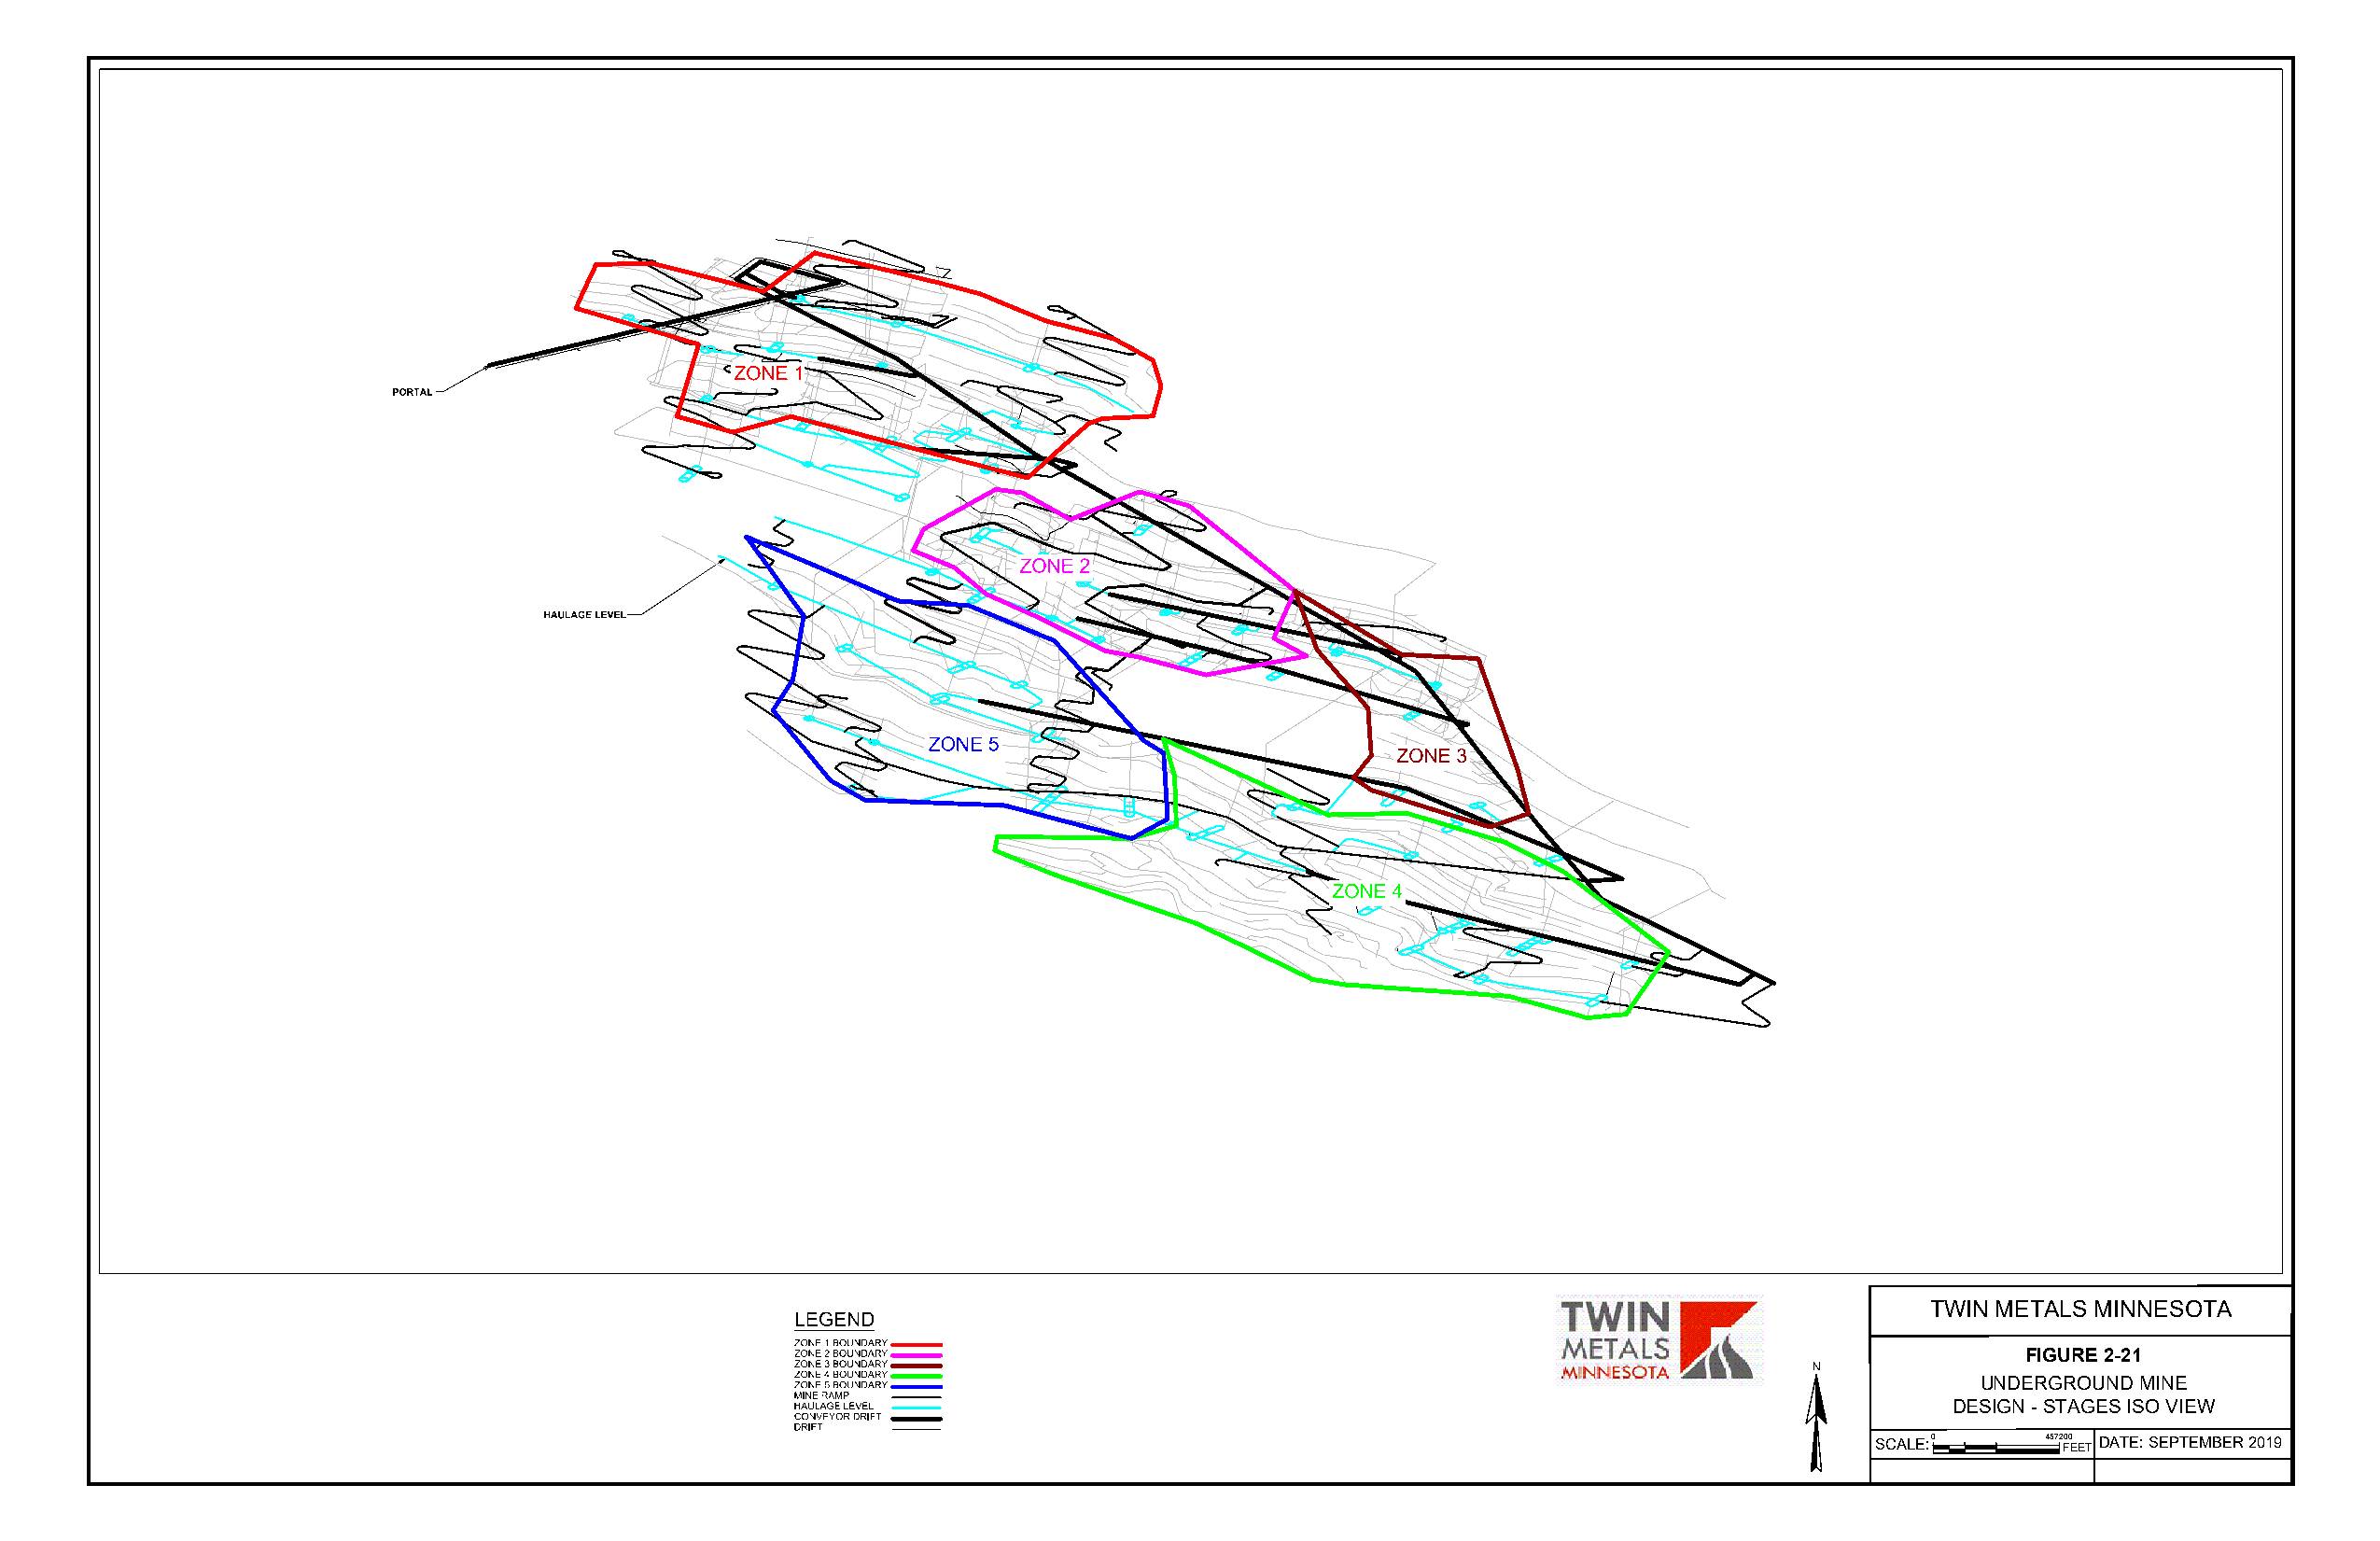
ZONE 1
 PORTAL
 ZONE 2
 HAULAGE LEVEL
 ZONE 5
 ZONE 3
 ZONE 4
 TWIN METALS MINNESOTA
 LEGEND
 ZONE 1 BOUNDARY
 ZONE 2 BOUNDARY                                                                         FIGURE 2-21
 ZONE 3 BOUNDARY                                                          N
 ZONE 4 BOUNDARY
 ZONE 5 BOUNDARY                                                                     UNDERGROUND MINE
 MINE RAMP
 HAULAGE LEVEL                                                                      DESIGN - STAGES ISO VIEW
 CONVEYOR DRIFT
 DRIFT
 SCALE:0     4572 F00
 EET
 DATE: SEPTEMBER 2019